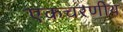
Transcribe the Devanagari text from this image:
एकचरणीय